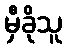
မှီခိုသူ